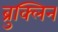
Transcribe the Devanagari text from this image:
ब्रुक्लिन